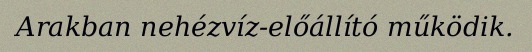
Arakban nehézvíz-előállító működik.